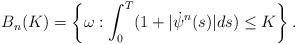
LaTeX: \begin{align*}B_n(K)=\left\{\omega: \int_0^T(1+|\dot\psi^n(s)|ds)\le K\right\}.\end{align*}